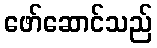
ဖော်ဆောင်သည်